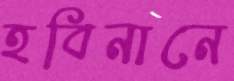
হবিনানে